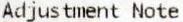
ADJUSTMENT NOTE